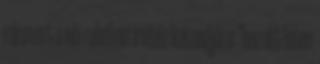
ráismert a női ruhában a vitéz katonájára: "hozott Isten